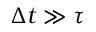
\Delta t \gg \tau